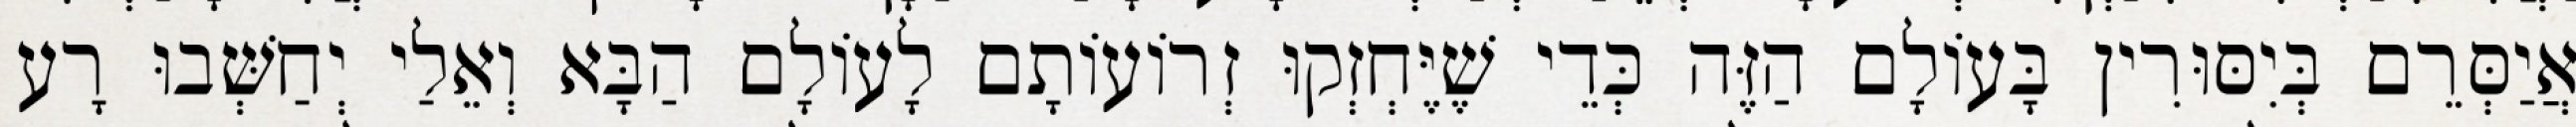
אֲיַסְּרֵם בְּיִסּוּרִין בָּעוֹלָם הַזֶּה כְּדֵי שֶׁיֶּחְזְקוּ זְרוֹעוֹתָם לָעוֹלָם הַבָּא וְאֵלַי יְחַשְּׁבוּ רָע